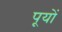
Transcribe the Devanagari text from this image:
पूयों